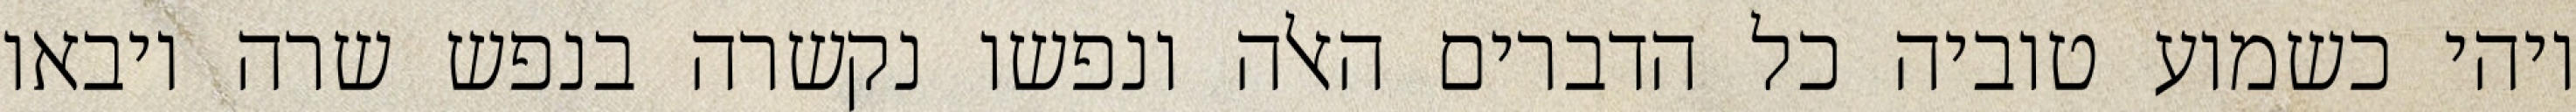
ויהי כשמוע טוביה כל הדברים האלה ונפשו נקשרה בנפש שרה ויבאו